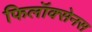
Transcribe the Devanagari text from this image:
फिलॉक्सेनस